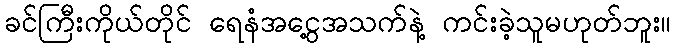
ခင်ကြီးကိုယ်တိုင် ရေနံအငွေ့အသက်နဲ့ ကင်းခဲ့သူမဟုတ်ဘူး။